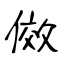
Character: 傚